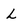
Character: L